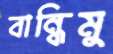
বান্ধিমু